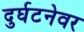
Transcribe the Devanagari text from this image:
दुर्घटनेवर